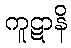
ကူဋာနိ